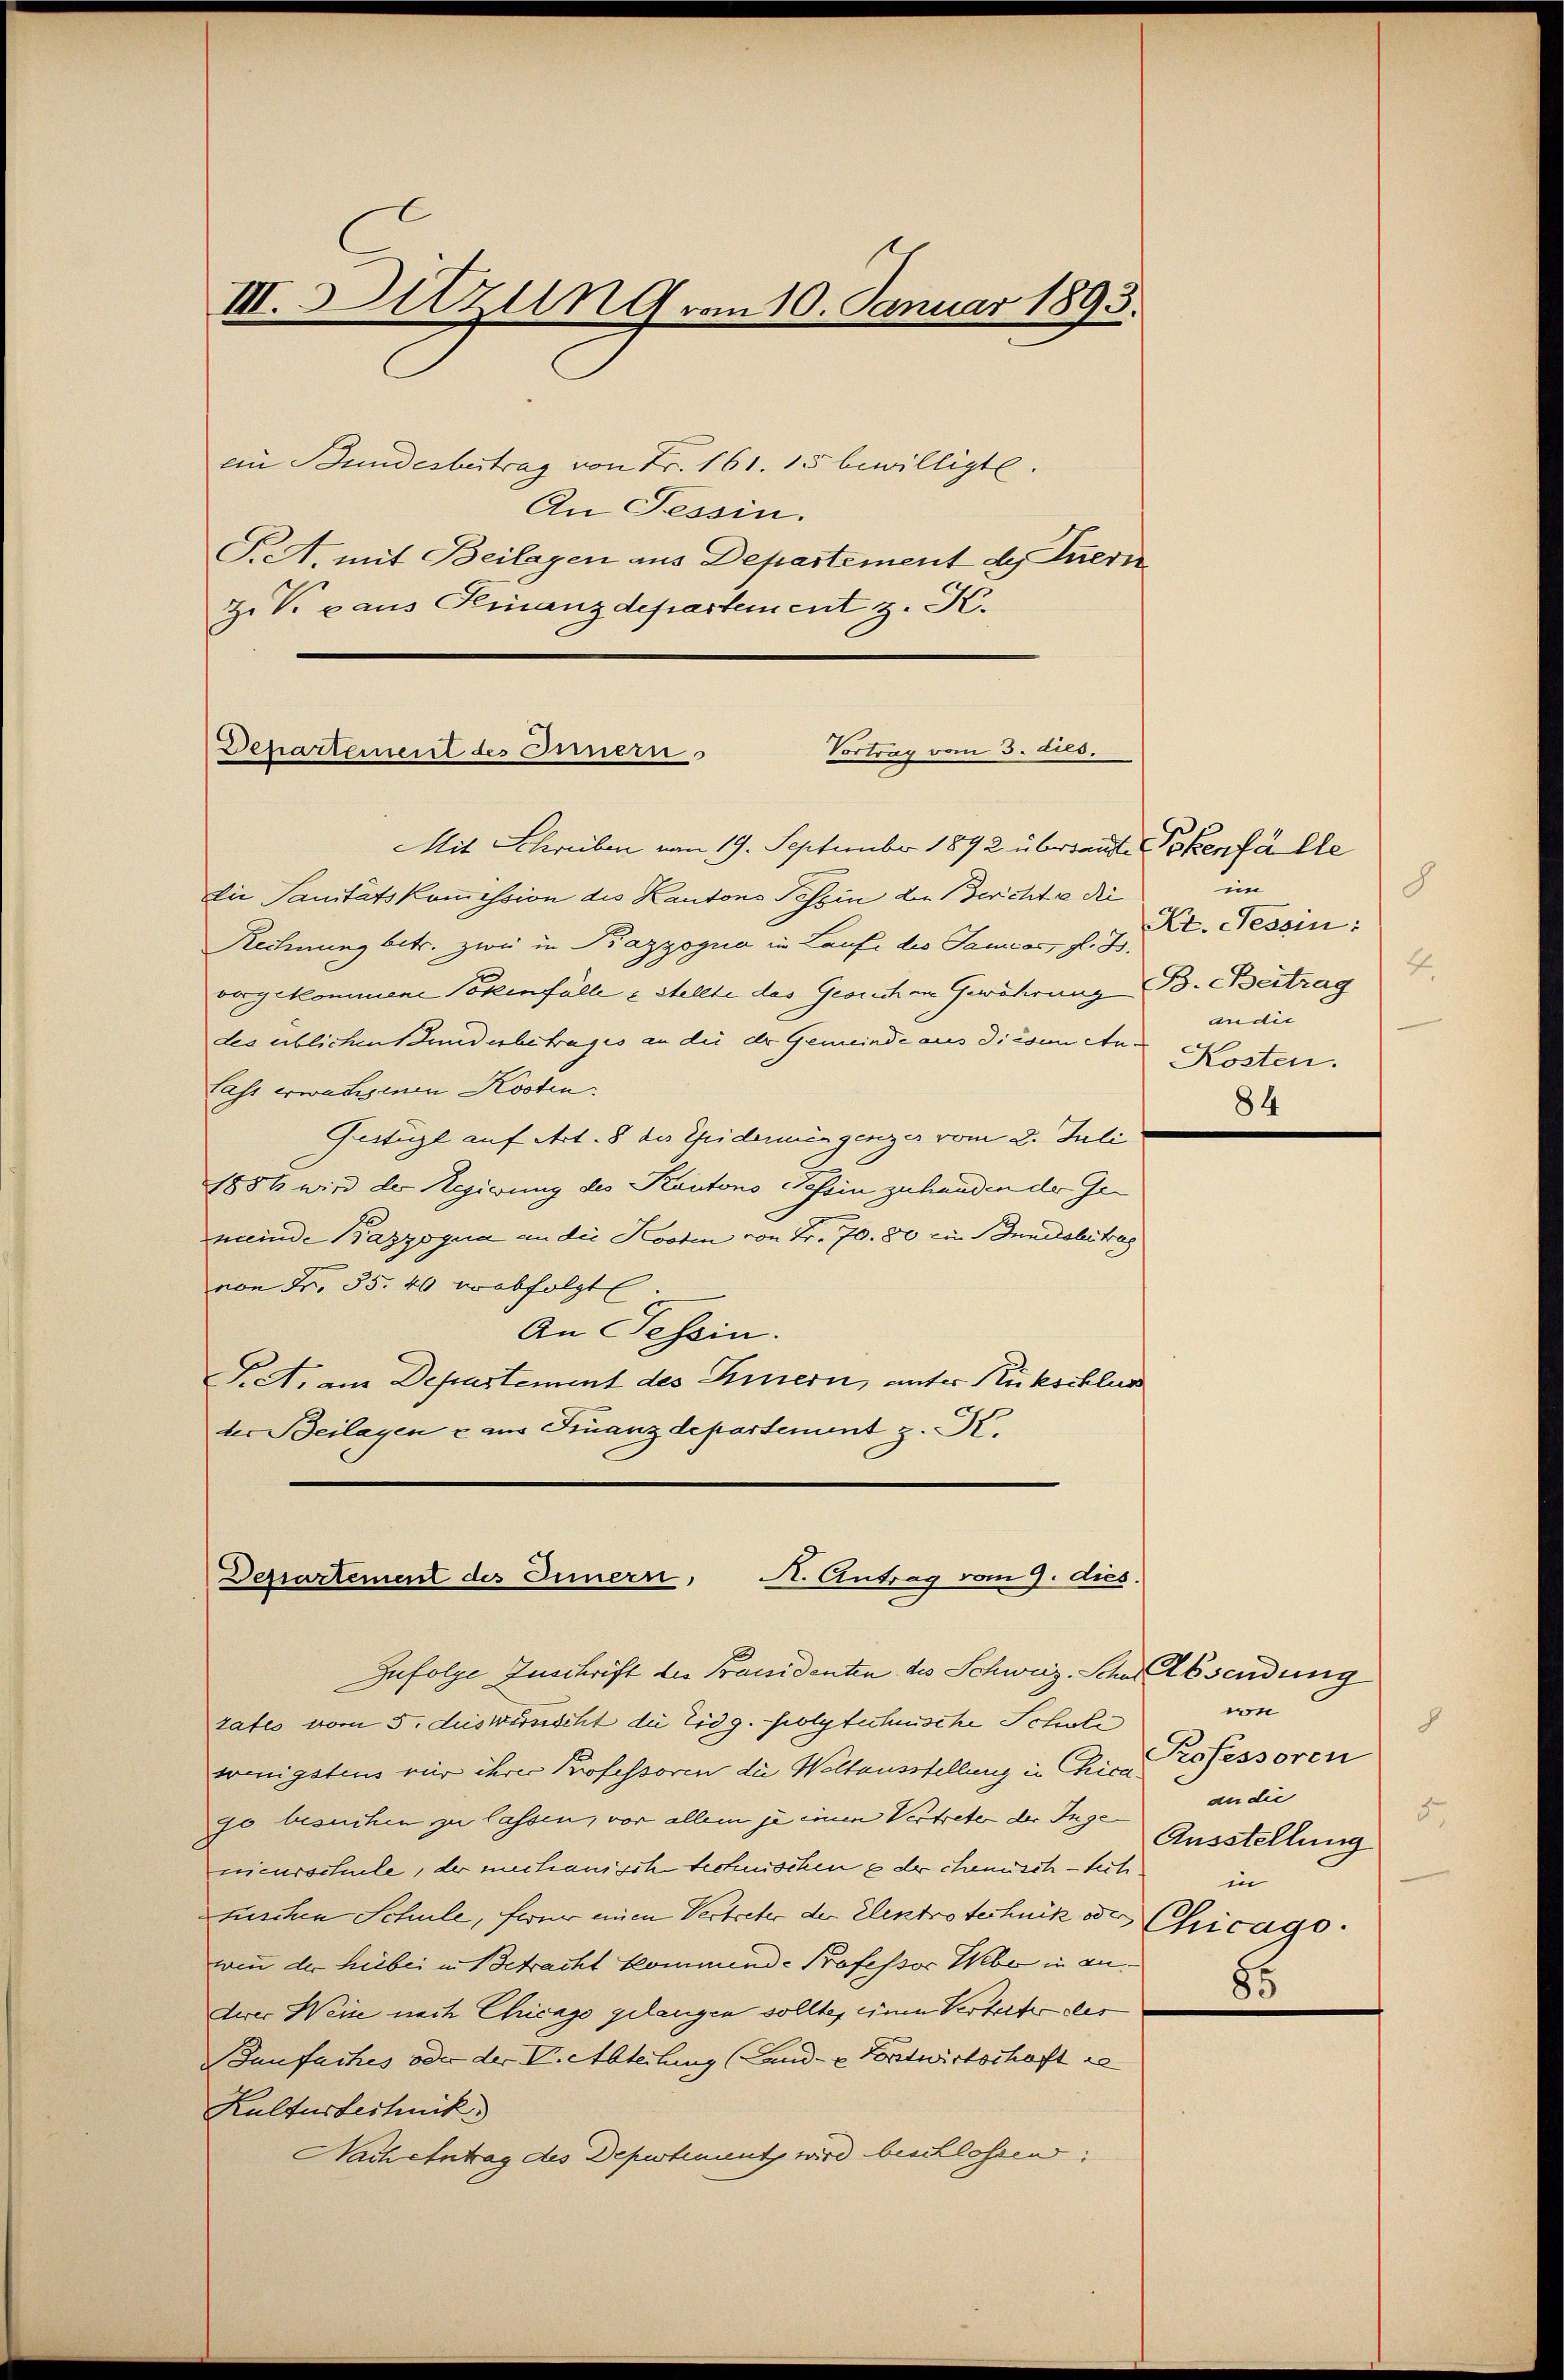
III. Setzung vom 10. Januar 1893.

ein Bundesbertrag von Fr. 161. 15 bewilligte.
An Tessin.
Pret. mit Beilagen aus Departement des Innern
Z. V. aus Finanzdepartement z. K.

Vortrag vom 3. dies.
Departement des Innern

Mit Schreiben vom 19. September 1892 überraute Pokenfälle
Die Sanitätskommission des Kantons Tessin der Berichte die
Rechnung betr. zwei in Pazzogna in Laufe des Sanias, gl. B.
vorgekommene Totenfälle & Stellte das Gerechen Gewährung B. Beitrag
des üblichen Stunderbetrages an die dr Gemeinde aus diesem An¬
Lass erwachsenen Kosten.
Gestüzl auf Art. 8 des Epideringenzer vom 2. Juli
1886 wird der Regierung des Kantons Tessin zuhanden der Gemeinde Bazzoqua an die Kosten von Fr. 70. 80 ein Sonnelsleistras
von Fr. 35. 40 erabfolgte.
An Tessin.
S.A. am Departement des Eiern, unter Rückschlus
ter Beilagen u aus Finanzdepartement z. K.

Departement des Innern, A. Antrag vom 9. dies.
Zufolge Zuschrift der Präsidenten des Schweiz. Schne Absendung

tates vom 5. des wirdischt die Eidg. polytechnische Schule
wenigstens mir ihrer Professoren die Weltausstellung in Chica
go besuchen zu lassen, vor allem je einen Vertreten der Frz. Ausstellung
nieurschule, der mechanisch technischen & der chemisch - sich.
unschen Schule, für einen Vertreter der Elektrotechnik der Chicago
wenn der hiebei in Betracht kommende Professor Weber in anderer Weise nach Chicago gelangen sollte, einen Vertater der
Banfaches oder der V. Abteilung (Lande Forstwirtschaft
Kulturtechnik
Nach Antrag des Depestement wird beschlossen,

din
8
Kt. Tessin:
4.
audir
Kosten.
84

von
8
Professoren
an die
5.
in
8.